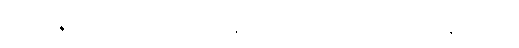
မေဂျာနဲ့ မကိုက်ညီတော့ ဆရာ/မတွေက တအားပင်ပန်းတယ်။